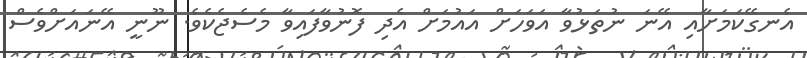
އެނގޭކަމަށާއި އޭނަ ނުތަޅުވާ އަވަހަށް އައުމަށް އެދި ފޮނުވާފައިވާ މެސެޖެކެވެ. ނޫނީ އޭނައަށްވެސް